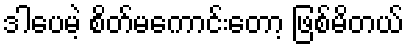
ဒါပေမဲ့ စိတ်မကောင်းတော့ ဖြစ်မိတယ်